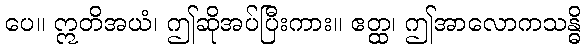
ပေ။ ဣတိအယံ၊ ဤဆိုအပ်ပြီးကား။ ဧတ္ထ၊ ဤအာလောကသန္ဓိ